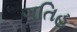
ગતિહ